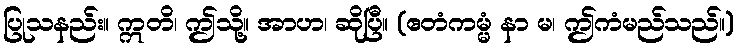
ပြုသနည်း။ ဣတိ၊ ဤသို့။ အာဟ၊ ဆိုပြီ။ (ဧတံကမ္မံ နာ မ၊ ဤကံမည်သည်။)